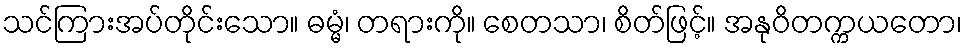
သင်ကြားအပ်တိုင်းသော။ ဓမ္မံ၊ တရားကို။ စေတသာ၊ စိတ်ဖြင့်။ အနုဝိတက္ကယတော၊